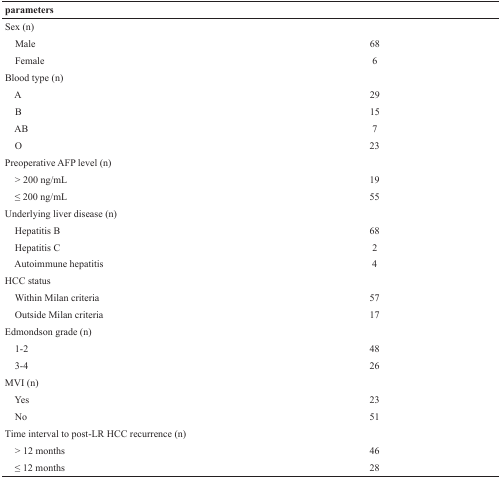
| parameters |  |
 | --- | --- |
 | Sex (n) |  |
 | Male | 68 |
 | Female | 6 |
 | Blood type (n) |  |
 | A | 29 |
 | B | 15 |
 | AB | 7 |
 | O | 23 |
 | Preoperative AFP level (n) |  |
 | > 200 ng/mL | 19 |
 | ≤ 200 ng/mL | 55 |
 | Underlying liver disease (n) |  |
 | Hepatitis B | 68 |
 | Hepatitis C | 2 |
 | Autoimmune hepatitis | 4 |
 | HCC status |  |
 | Within Milan criteria | 57 |
 | Outside Milan criteria | 17 |
 | Edmondson grade (n) |  |
 | 1-2 | 48 |
 | 3-4 | 26 |
 | MVI (n) |  |
 | Yes | 23 |
 | No | 51 |
 | Time interval to post-LR HCC recurrence (n) |  |
 | > 12 months | 46 |
 | ≤ 12 months | 28 |